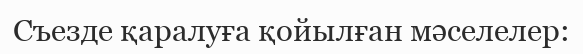
Съезде қаралуға қойылған мәселелер: